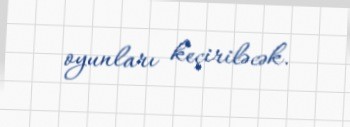
oyunları keçiriləcək.